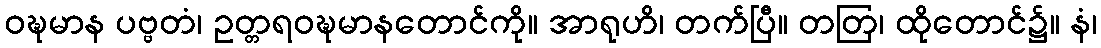
ဝဍ္ဎမာန ပဗ္ဗတံ၊ ဥတ္တရဝဍ္ဎမာနတောင်ကို။ အာရုဟိ၊ တက်ပြီ။ တတြ၊ ထိုတောင်၌။ နံ၊